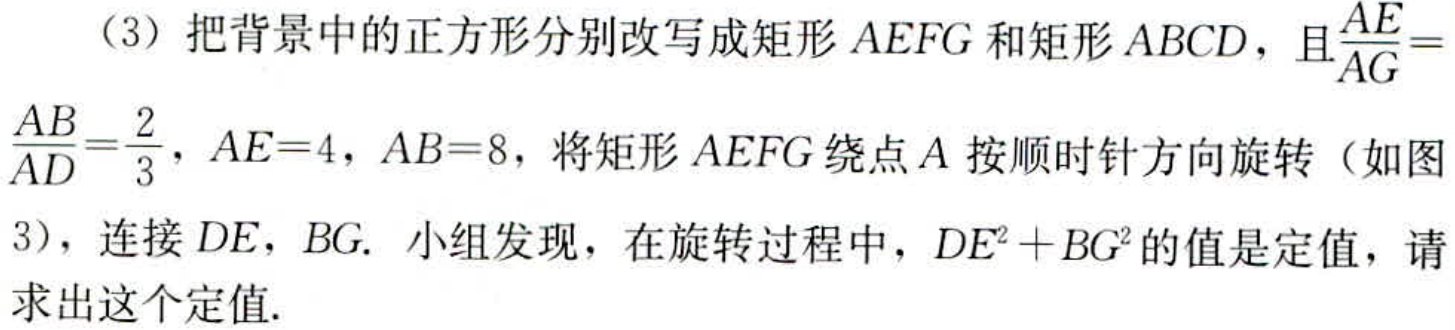
（3）把背景中的正方形分别改写成矩形 \(AEFG\) 和矩形 \(ABCD\)，且\(\frac{AE}{AG}=\frac{AB}{AD}=\frac{2}{3}\)，\(AE = 4\)，\(AB = 8\)，将矩形 \(AEFG\) 绕点 \(A\) 按顺时针方向旋转（如图3），连接 \(DE\)，\(BG\). 小组发现，在旋转过程中，\(DE^{2}+BG^{2}\) 的值是定值，请求出这个定值.